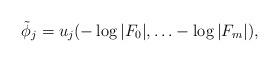
LaTeX: \begin{align*}\tilde{\phi}_j= u_j( -\log |F_0|,\ldots -\log|F_m| ),\end{align*}